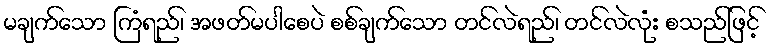
မချက်သော ကြံရည်၊ အဖတ်မပါစေပဲ စစ်ချက်သော တင်လဲရည်၊ တင်လဲလုံး စသည်ဖြင့်